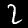
Label: 2